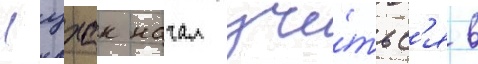
Ицхак начал учи́тьс'я в